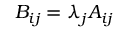
B _ { i j } = \lambda _ { j } A _ { i j }